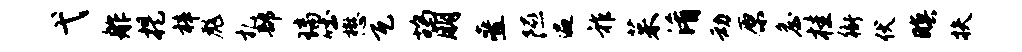
弋舴提梓彪札部璃吐懋瓦鸪朋叠隰遍祚茱淆动原詹桂衙伏暝扶